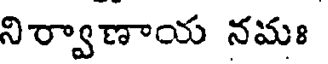
నిర్వాణాయ నమః